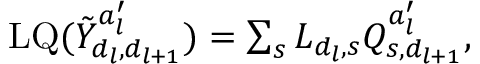
\begin{array} { r } { \mathrm { L Q } ( \tilde { Y } _ { d _ { l } , d _ { l + 1 } } ^ { a _ { l } ^ { \prime } } ) = \sum _ { s } L _ { d _ { l } , s } Q _ { s , d _ { l + 1 } } ^ { a _ { l } ^ { \prime } } , } \end{array}